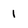
Character: 1